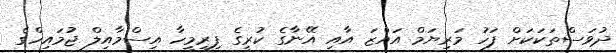
ދުވަސްތަކަކަށް ފަހު މަރިޔަމް އައްޒަ އާއި އޭނާގެ ކުރީގެ ފިރިމީހާ އިސްމާއިލް ޖުމައިހްގެ